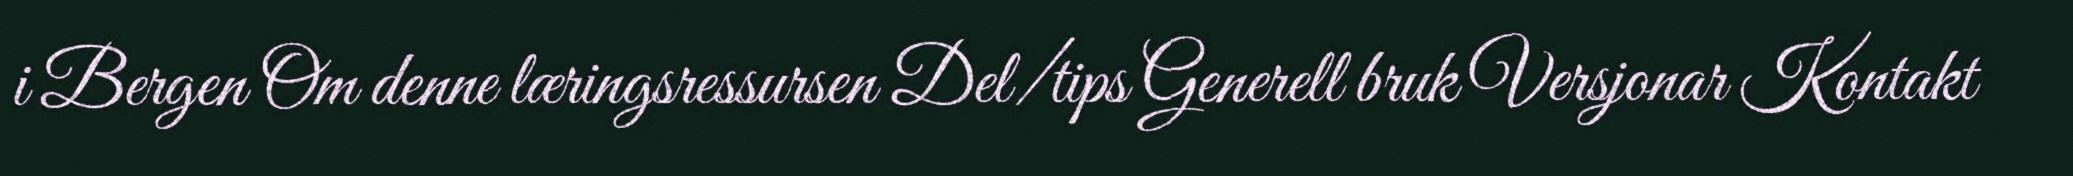
i Bergen Om denne læringsressursen Del/tips Generell bruk Versjonar Kontakt